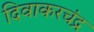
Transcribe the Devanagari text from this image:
दिवाकरचंद्र